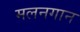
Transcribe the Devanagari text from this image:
मलनगान